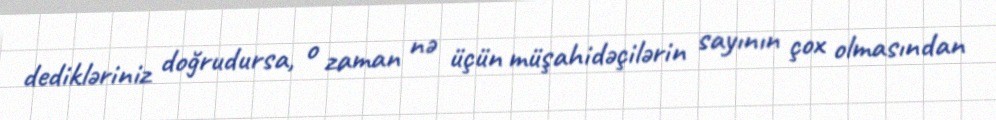
dedikləriniz doğrudursa, o zaman nə üçün müşahidəçilərin sayının çox olmasından